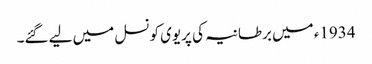
1934ء میں برطانیہ کی پریوی کونسل میں لیے گئے۔